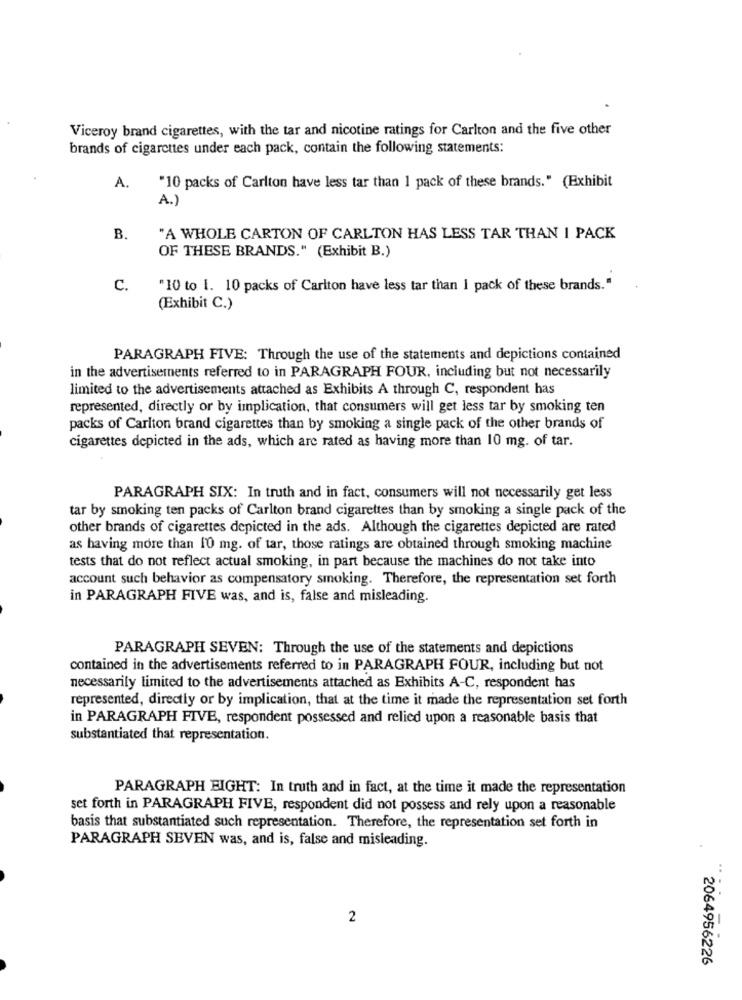
Viceroy brand cigarettes, with the tar and nicotine ratings for Carlton and the five other
brands of cigarettes under each pack, contain the following statements:
A.
"10 packs of Carlton have less tar than 1 pack of these brands." (Exhibit
A.)
B.
"A WHOLE CARTON OF CARLTON HAS LESS TAR THAN I PACK
OF THESE BRANDS." (Exhibit B.)
C.
"10 to 1. 10 packs of Carlton have less tar than I pack of these brands."
(Exhibit C.)
PARAGRAPH FIVE: Through the use of the statements and depictions contained
in the advertisements referred to in PARAGRAPH FOUR, including but not necessarily
limited to the advertisements attached as Exhibits A through C, respondent has
represented, directly or by implication, that consumers will get less tar by smoking ten
packs of Carlton brand cigarettes than by smoking a single pack of the other brands of
cigarettes depicted in the ads, which are rated as having more than 10 mg. of tar.
PARAGRAPH SIX: In truth and in fact, consumers will not necessarily get less
tar by smoking ten packs of Carlton brand cigarettes than by smoking a single pack of the
other brands of cigarettes depicted in the ads. Although the cigarettes depicted are rated
as having more than 10 mg. of tar, those ratings are obtained through smoking machine
tests that do not reflect actual smoking, in part because the machines do not take into
account such behavior as compensatory smoking. Therefore, the representation set forth
in PARAGRAPH FIVE was, and is, false and misleading.
PARAGRAPH SEVEN: Through the use of the statements and depictions
contained in the advertisements referred to in PARAGRAPH FOUR, including but not
necessarily limited to the advertisements attached as Exhibits A-C, respondent has
represented, directly or by implication, that at the time it made the representation set forth
in PARAGRAPH FIVE, respondent possessed and relied upon a reasonable basis that
substantiated that representation.
PARAGRAPH EIGHT: In truth and in fact, at the time it made the representation
set forth in PARAGRAPH FIVE, respondent did not possess and rely upon a reasonable
basis that substantiated such representation. Therefore, the representation set forth in
PARAGRAPH SEVEN was, and is, false and misleading.
2
2064956226